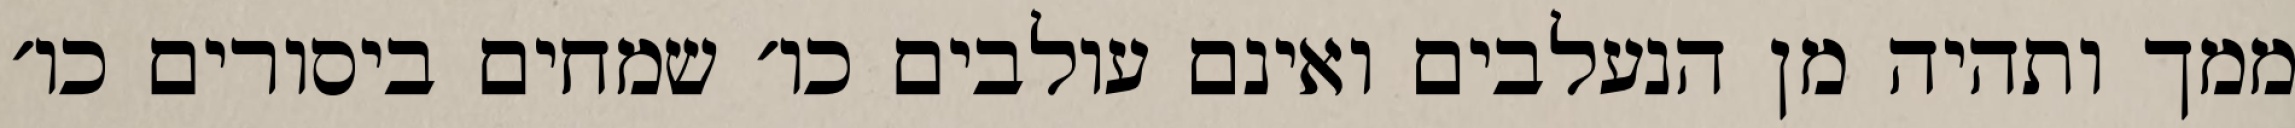
ממך ותהיה מן הנעלבים ואינם עולבים כו׳ שמחים ביסורים כו׳